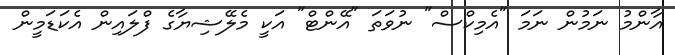
އާންމު ނަމުން ނަމަ "އެމިކްސް" ނުވަތަ "އޭންޓް" އަކީ މެލޭޝިޔާގެ ފްލައިން އެކަޑަމީން